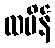
ထမိန်